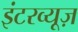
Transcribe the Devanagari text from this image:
इंटरव्यूज़